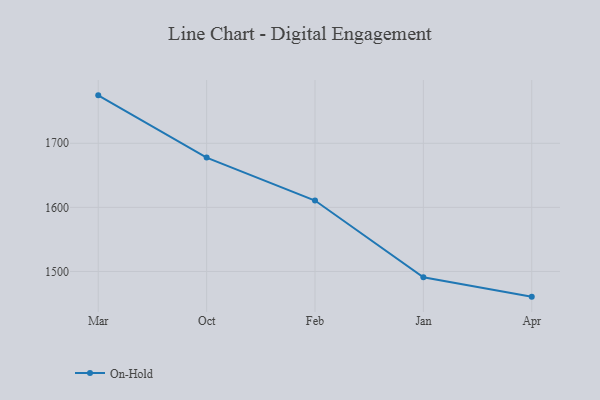
{"axis": {"x": "Month", "y": "Population (Million)"}, "legend": ["On-Hold"], "data": [{"x": "Mar", "y": 1774.8, "type": "On-Hold"}, {"x": "Oct", "y": 1677.7, "type": "On-Hold"}, {"x": "Feb", "y": 1610.7, "type": "On-Hold"}, {"x": "Jan", "y": 1490.9, "type": "On-Hold"}, {"x": "Apr", "y": 1460.7, "type": "On-Hold"}]}